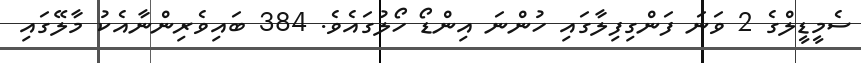
ސެމީޑީލްގެ 2 ވަނަ ފަންގިފިލާގައި ހުންނަ އިންޑޯ ހޯލުގައެވެ. 384 ބައިވެރިންނާއެކު މާލޭގައި